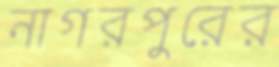
নাগরপুরের